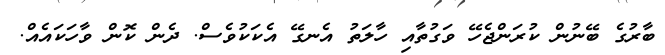
ބާރުގެ ބޭނުން ކުރަންޖެހޭ ވަގުތާއި ހާލަތު އެނގޭ އެކަކުވެސް. ދެން ކޮން ވާހަކައެއް.